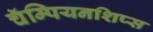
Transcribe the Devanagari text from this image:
चॅम्पियनशिप्स